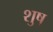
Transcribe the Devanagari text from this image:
शुष्